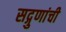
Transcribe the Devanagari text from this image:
सद्गुणांची